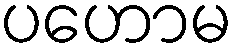
ပဟောမ